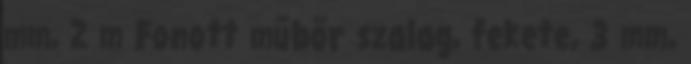
mm, 2 m Fonott műbőr szalag, fekete, 3 mm,